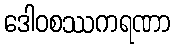
ဒေါဝစဿကရဏာ